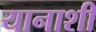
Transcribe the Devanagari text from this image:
यानाशी